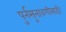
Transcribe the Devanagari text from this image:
पुर्नसुनावणीसाठी